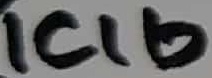
Text: ICIb